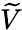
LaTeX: \widetilde{V}